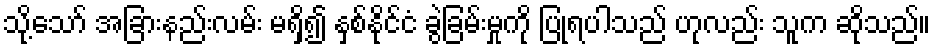
သို့သော် အခြားနည်းလမ်း မရှိ၍ နှစ်နိုင်ငံ ခွဲခြမ်းမှုကို ပြုရပါသည် ဟုလည်း သူက ဆိုသည်။